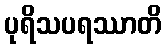
ပုရိသပရဿာတိ